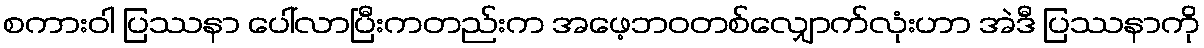
စကားဝါ ပြဿနာ ပေါ်လာပြီးကတည်းက အဖေ့ဘဝတစ်လျှောက်လုံးဟာ အဲဒီ ပြဿနာကို